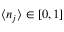
\langle n _ { j } \rangle \in [ 0 , 1 ]